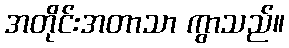
အတိုင်းအတာသာ ကွာသည်။